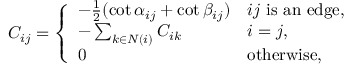
C _ { i j } = { \left\{ \begin{array} { l l } { - { \frac { 1 } { 2 } } ( \cot \alpha _ { i j } + \cot \beta _ { i j } ) } & { i j { \mathrm { ~ i s ~ a n ~ e d g e } } , } \\ { - \sum _ { k \in N ( i ) } C _ { i k } } & { i = j , } \\ { 0 } & { { \mathrm { o t h e r w i s e , } } } \end{array} \right. }